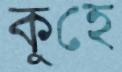
কুহে